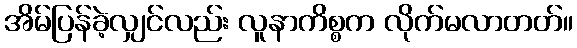
အိမ်ပြန်ခဲ့လျှင်လည်း လူနာကိစ္စက လိုက်မလာတတ်။